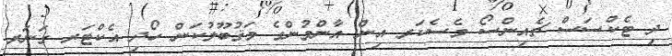
ދި ޓެކްސަސް ޗެއިންސޯ މެސެކަރ އިން އާންމުންގެ މަޤުބޫލުކަން ހޯދި އެކްޓަރ ގަނަރ